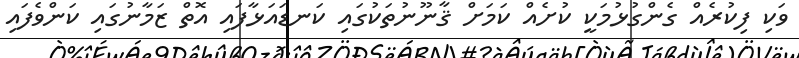
ވަކި ފިކުރެއް ގެންގުޅުމަކީ ކުށެއް ކަމަށް ޤާނޫނުތަކުގައި ކަނޑައަޅާފައި އޮތް ޒަމާނުގައި ކަންވެފައި